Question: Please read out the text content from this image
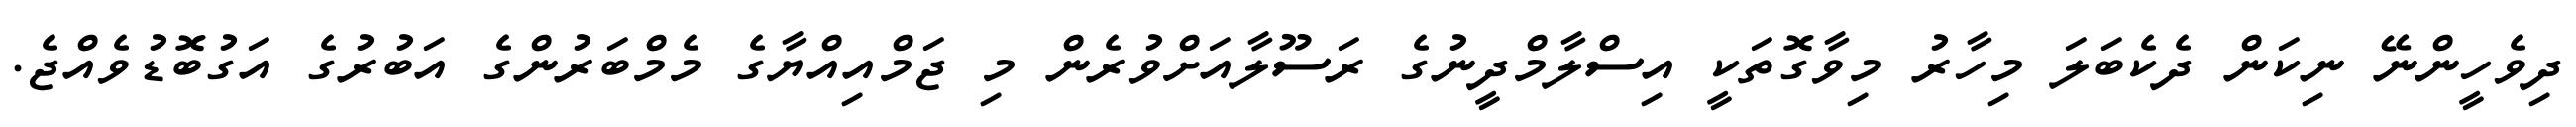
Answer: ދިވެހީންނޭ ނިކަން ދެކެބަލަ މިހާރު މިވާގޮތަކީ އިސްލާމްދީނުގެ ރަސޫލާއަށްވުރެން މި ޖަމްއިއްޔާގެ މެމްބަރުންގެ އަބުރުގެ އަގުބޮޑުވެއްޖެ.